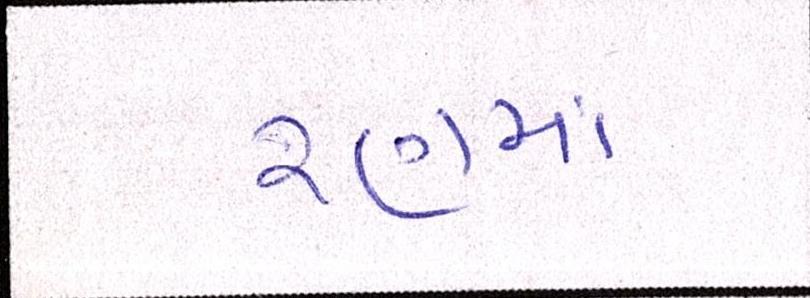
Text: રણમાં